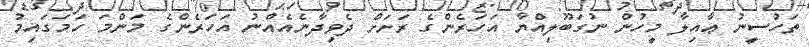
ތަހުސީނު ޢާއިލާ މީހުން ނުގަބޫލިއްޔާ އަހަރެންގެ ރަށަށް ދެވިދާނެއެއްނު އަހަރެންގެ މަންމަ ހަމަގައިމު